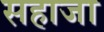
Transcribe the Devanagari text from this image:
सहाजा